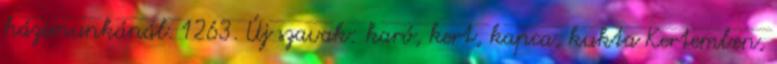
házimunkánál. 1263. Új szavak: karó, kert, kapca, kukta Kertemben,